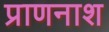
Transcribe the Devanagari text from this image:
प्राणनाश